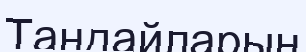
Таңдайларың